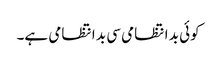
کوئی بد انتظامی سی بد انتظامی ہے۔